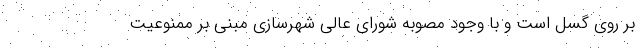
بر روی گسل است و با وجود مصوبه شورای عالی شهرسازی مبنی بر ممنوعیت